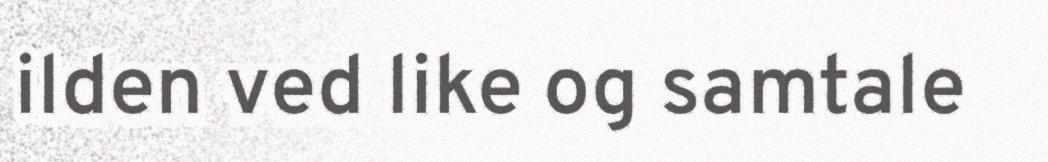
ilden ved like og samtale